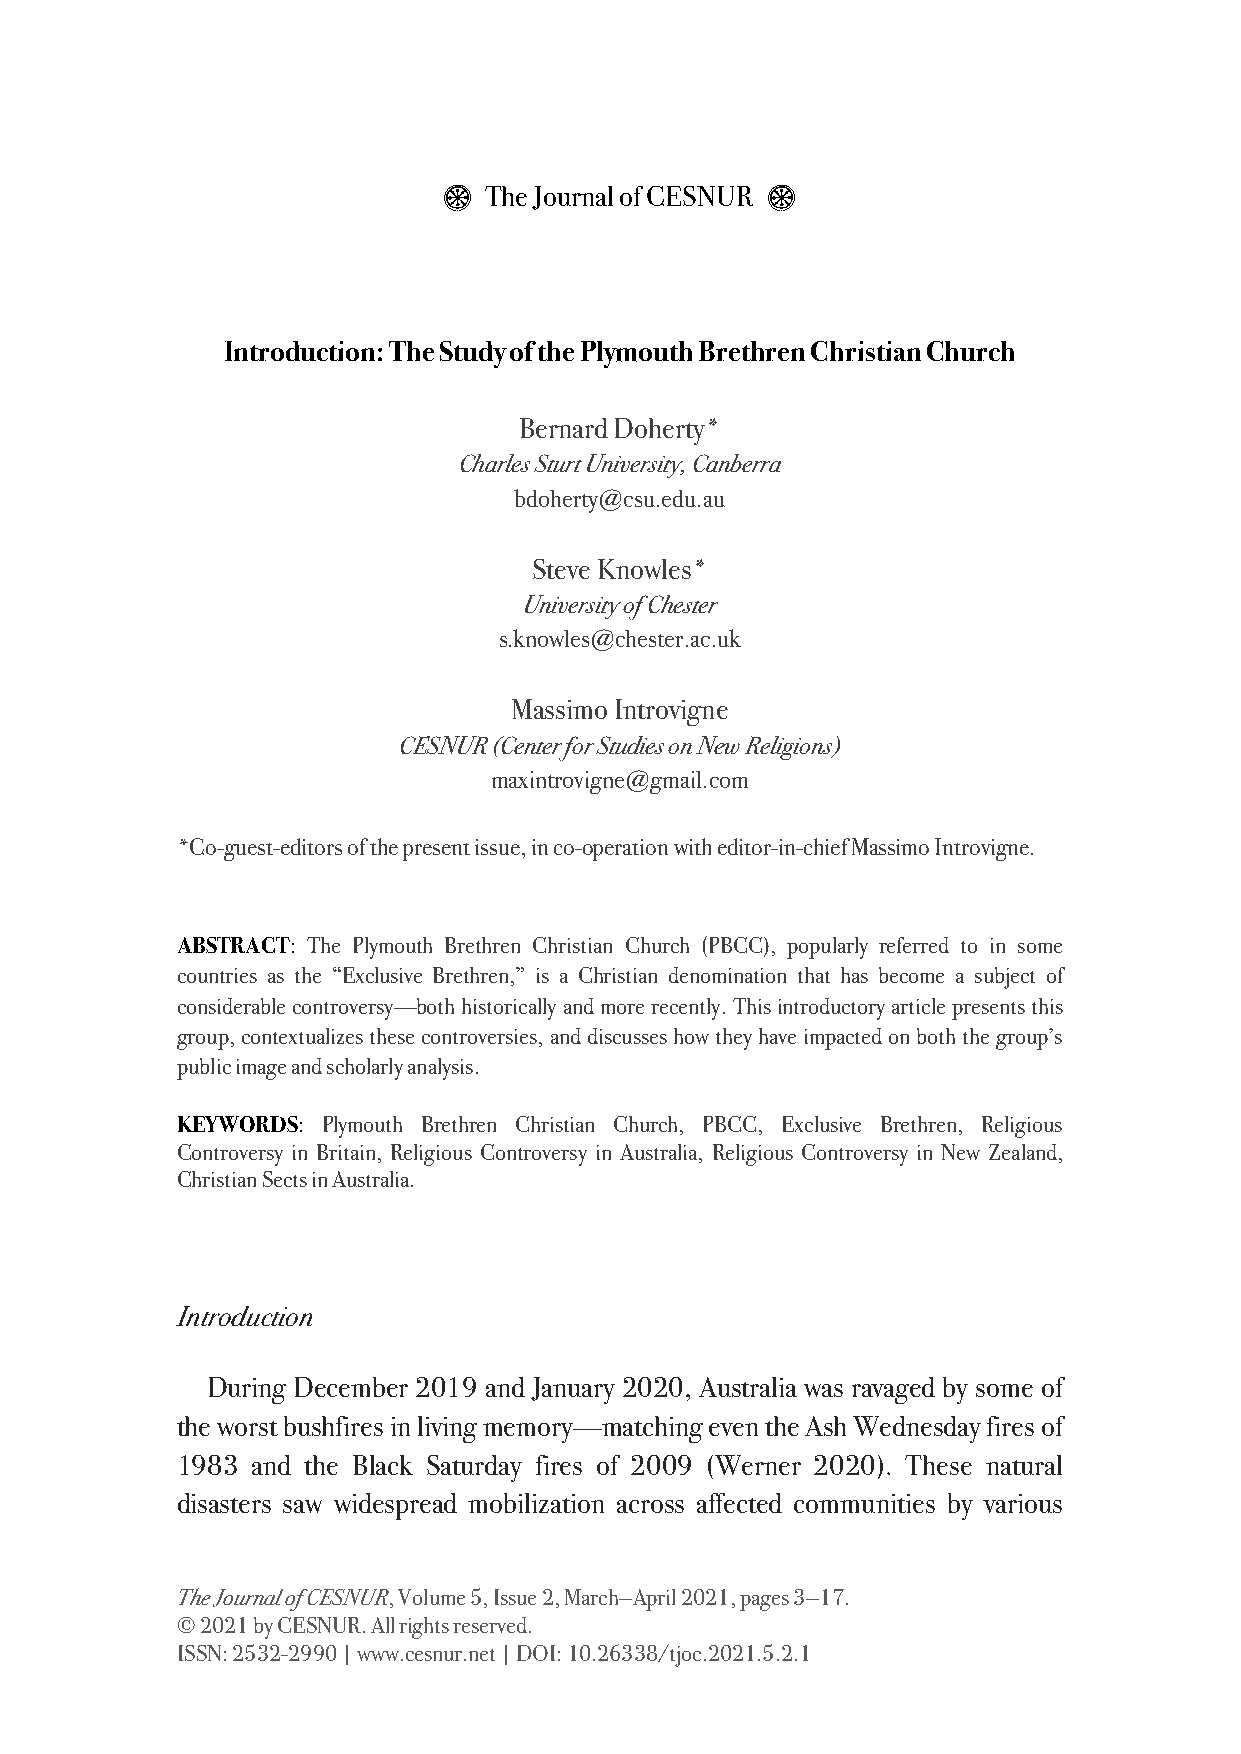
$  The Journal of CESNUR $
 Introduction: The Study of the Plymouth Brethren Christian Church
 Bernard Doherty*
 Charles Sturt University, Canberra
 bdoherty@csu.edu.au
 Steve Knowles*
 University of Chester
 s.knowles@chester.ac.uk
 Massimo Introvigne
 CESNUR (Center for Studies on New Religions)
 maxintrovigne@gmail.com
 *Co-guest-editors of the present issue, in co-operation with editor-in-chief Massimo Introvigne.
 ABSTRACT: The Plymouth Brethren Christian Church (PBCC), popularly referred to in some
 countries as the “Exclusive Brethren,” is a Christian denomination that has become a subject of
 considerable controversy—both historically and more recently. This introductory article presents this
 group, contextualizes these controversies, and discusses how they have impacted on both the group’s
 public image and scholarly analysis.
 KEYWORDS: Plymouth Brethren Christian Church, PBCC, Exclusive Brethren, Religious
 Controversy in Britain, Religious Controversy in Australia, Religious Controversy in New Zealand,
 Christian Sects in Australia.
 Introduction
 During December 2019 and January 2020, Australia was ravaged by some of
 the worst bushfires in living memory—matching even the Ash Wednesday fires of
 1983 and the Black Saturday fires of 2009 (Werner 2020). These natural
 disasters saw widespread mobilization across affected communities by various
 The Journal of CESNUR, Volume 5, Issue 2, March—April 2021, pages 3—17.
 © 2021 by CESNUR. All rights reserved.
 ISSN: 2532-2990 | www.cesnur.net | DOI: 10.26338/tjoc.2021.5.2.1